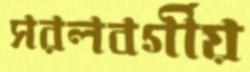
সরলবর্গীয়